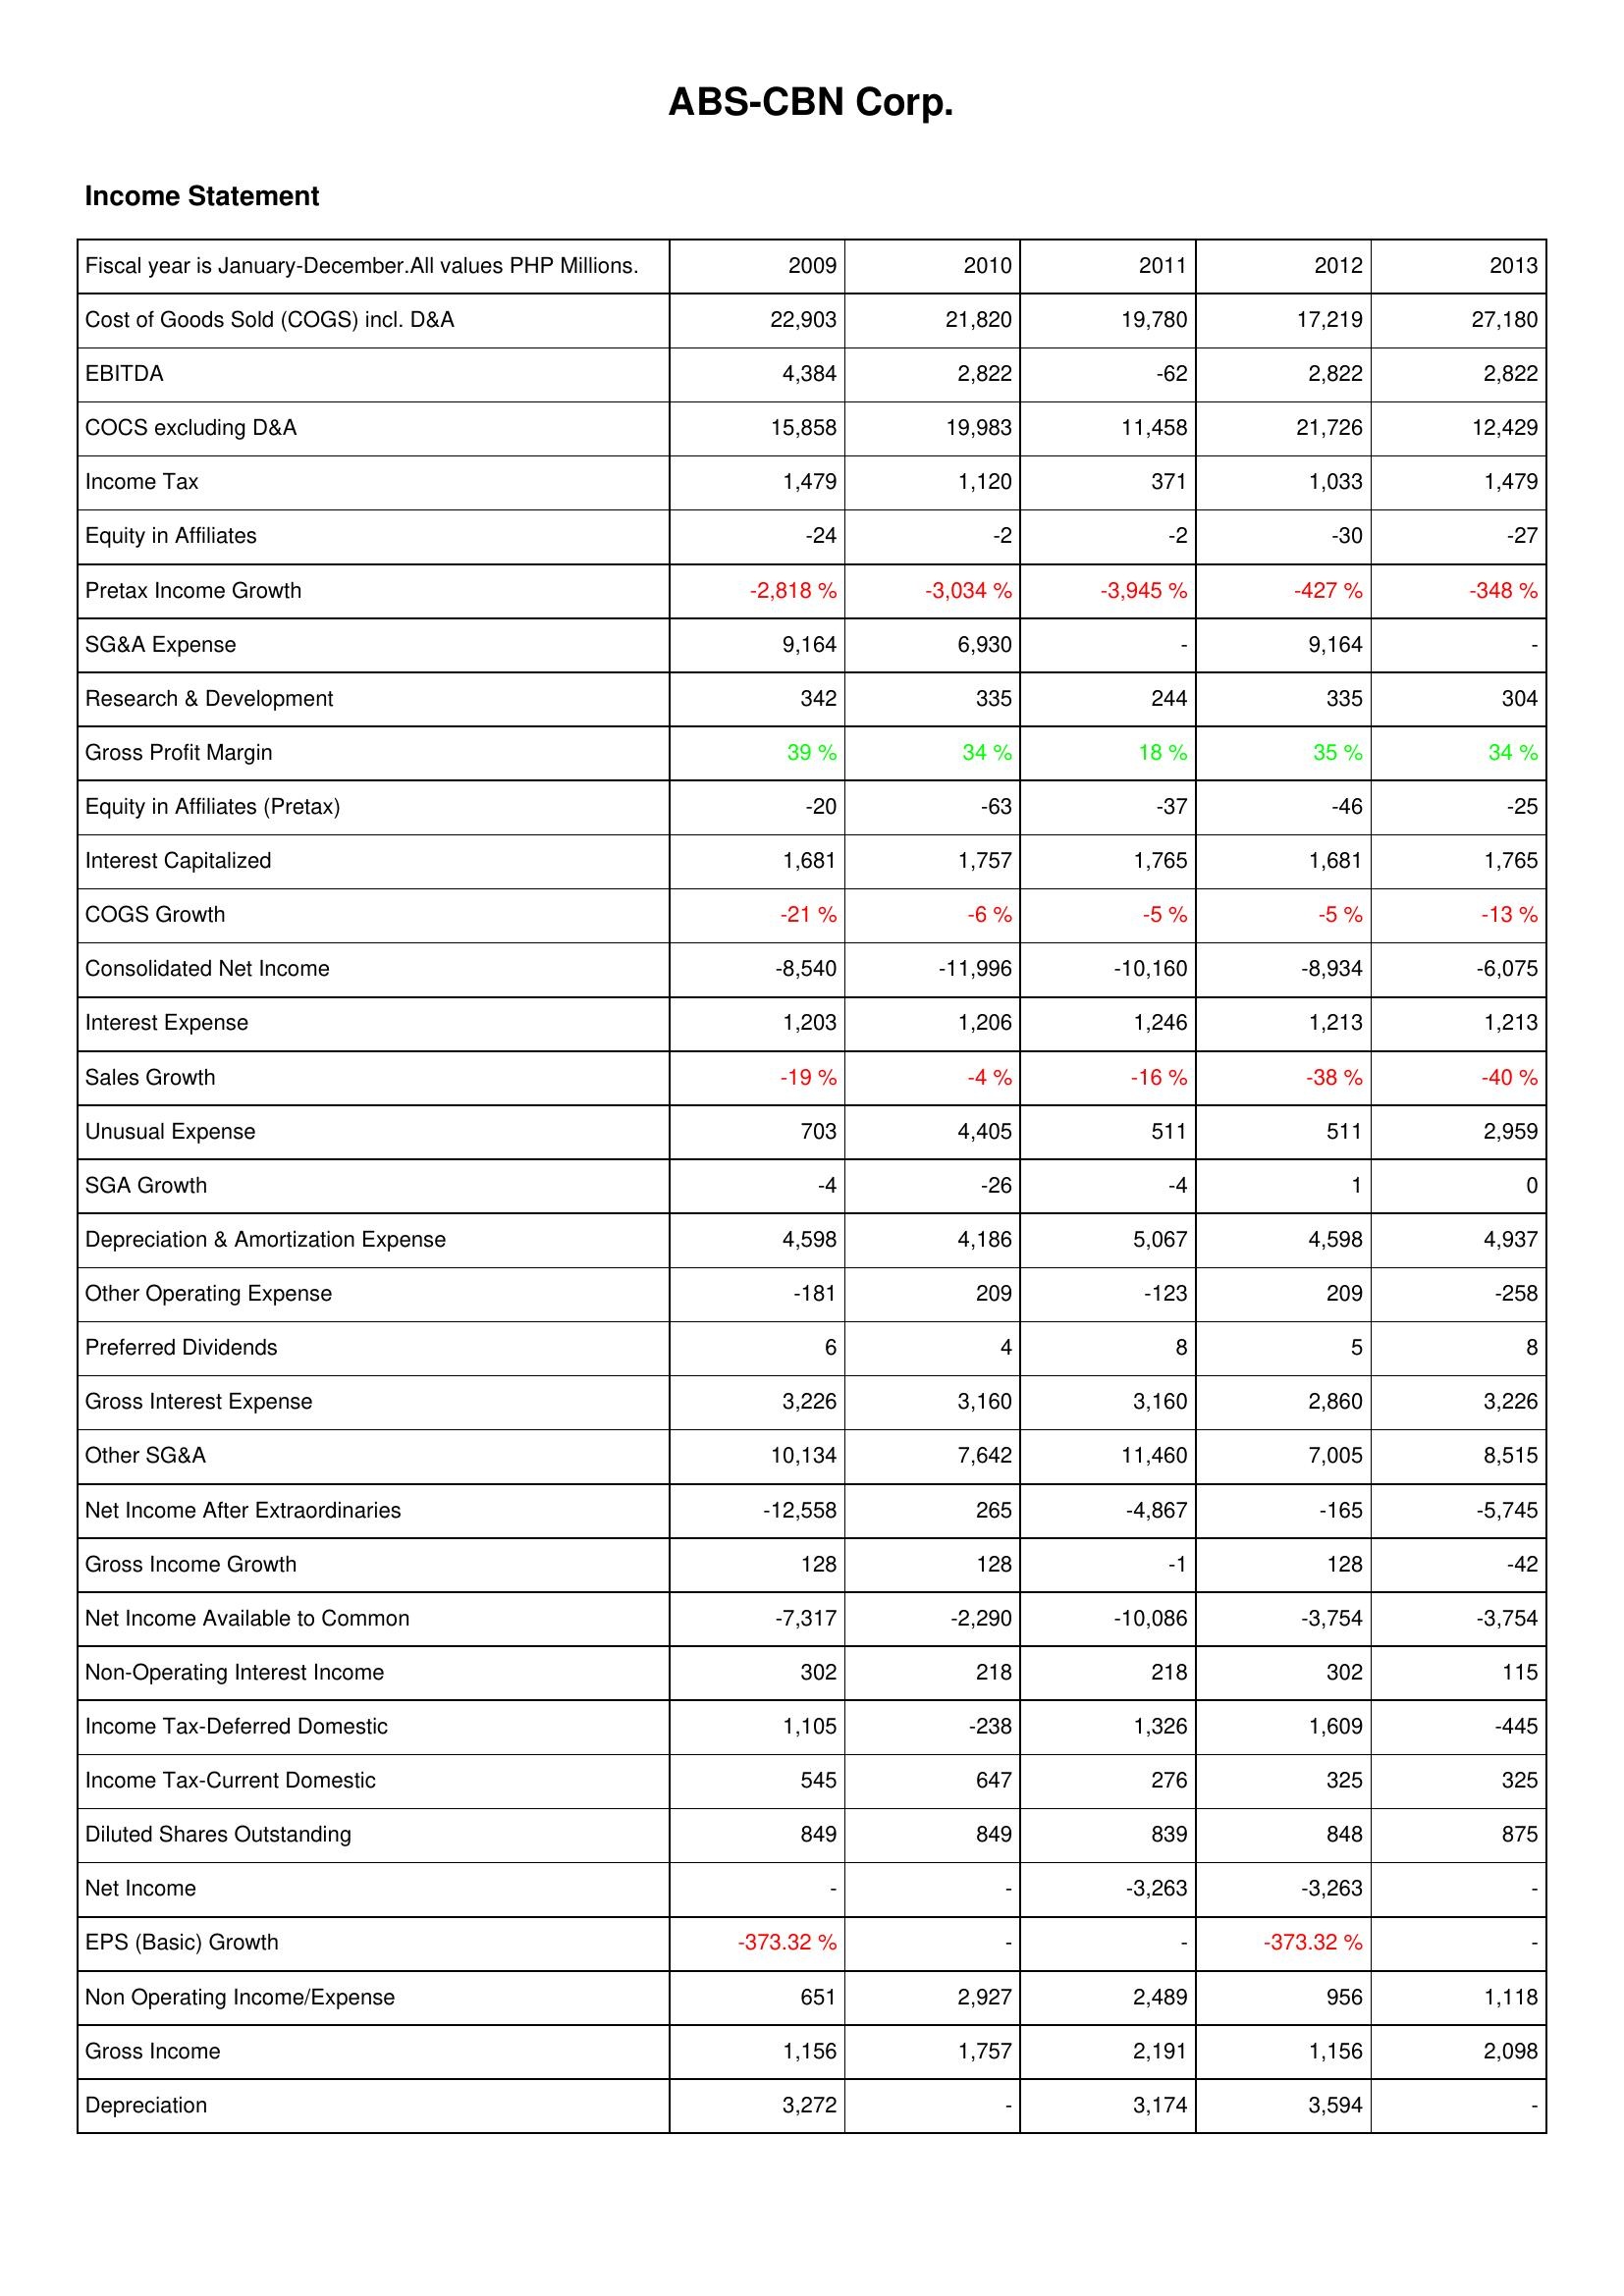
2009: Income Statement: Cost of Goods Sold (COGS) incl. D&A: 22,903
EBITDA: 4,384
COCS excluding D&A: 15,858
Income Tax: 1,479
Equity in Affiliates: -24
Pretax Income Growth: -2,818 %
SG&A Expense: 9,164
Research & Development: 342
Gross Profit Margin: 39 %
Equity in Affiliates (Pretax): -20
Interest Capitalized: 1,681
COGS Growth: -21 %
Consolidated Net Income: -8,540
Interest Expense: 1,203
Sales Growth: -19 %
Unusual Expense: 703
SGA Growth: -4
Depreciation & Amortization Expense: 4,598
Other Operating Expense: -181
Preferred Dividends: 6
Gross Interest Expense: 3,226
Other SG&A: 10,134
Net Income After Extraordinaries: -12,558
Gross Income Growth: 128
Net Income Available to Common: -7,317
Non-Operating Interest Income: 302
Income Tax-Deferred Domestic: 1,105
Income Tax-Current Domestic: 545
Diluted Shares Outstanding: 849
Net Income: -
EPS (Basic) Growth: -373.32 %
Non Operating Income/Expense: 651
Gross Income: 1,156
Depreciation: 3,272
2010: Income Statement: Cost of Goods Sold (COGS) incl. D&A: 21,820
EBITDA: 2,822
COCS excluding D&A: 19,983
Income Tax: 1,120
Equity in Affiliates: -2
Pretax Income Growth: -3,034 %
SG&A Expense: 6,930
Research & Development: 335
Gross Profit Margin: 34 %
Equity in Affiliates (Pretax): -63
Interest Capitalized: 1,757
COGS Growth: -6 %
Consolidated Net Income: -11,996
Interest Expense: 1,206
Sales Growth: -4 %
Unusual Expense: 4,405
SGA Growth: -26
Depreciation & Amortization Expense: 4,186
Other Operating Expense: 209
Preferred Dividends: 4
Gross Interest Expense: 3,160
Other SG&A: 7,642
Net Income After Extraordinaries: 265
Gross Income Growth: 128
Net Income Available to Common: -2,290
Non-Operating Interest Income: 218
Income Tax-Deferred Domestic: -238
Income Tax-Current Domestic: 647
Diluted Shares Outstanding: 849
Net Income: -
EPS (Basic) Growth: -
Non Operating Income/Expense: 2,927
Gross Income: 1,757
Depreciation: -
2011: Income Statement: Cost of Goods Sold (COGS) incl. D&A: 19,780
EBITDA: -62
COCS excluding D&A: 11,458
Income Tax: 371
Equity in Affiliates: -2
Pretax Income Growth: -3,945 %
SG&A Expense: -
Research & Development: 244
Gross Profit Margin: 18 %
Equity in Affiliates (Pretax): -37
Interest Capitalized: 1,765
COGS Growth: -5 %
Consolidated Net Income: -10,160
Interest Expense: 1,246
Sales Growth: -16 %
Unusual Expense: 511
SGA Growth: -4
Depreciation & Amortization Expense: 5,067
Other Operating Expense: -123
Preferred Dividends: 8
Gross Interest Expense: 3,160
Other SG&A: 11,460
Net Income After Extraordinaries: -4,867
Gross Income Growth: -1
Net Income Available to Common: -10,086
Non-Operating Interest Income: 218
Income Tax-Deferred Domestic: 1,326
Income Tax-Current Domestic: 276
Diluted Shares Outstanding: 839
Net Income: -3,263
EPS (Basic) Growth: -
Non Operating Income/Expense: 2,489
Gross Income: 2,191
Depreciation: 3,174
2012: Income Statement: Cost of Goods Sold (COGS) incl. D&A: 17,219
EBITDA: 2,822
COCS excluding D&A: 21,726
Income Tax: 1,033
Equity in Affiliates: -30
Pretax Income Growth: -427 %
SG&A Expense: 9,164
Research & Development: 335
Gross Profit Margin: 35 %
Equity in Affiliates (Pretax): -46
Interest Capitalized: 1,681
COGS Growth: -5 %
Consolidated Net Income: -8,934
Interest Expense: 1,213
Sales Growth: -38 %
Unusual Expense: 511
SGA Growth: 1
Depreciation & Amortization Expense: 4,598
Other Operating Expense: 209
Preferred Dividends: 5
Gross Interest Expense: 2,860
Other SG&A: 7,005
Net Income After Extraordinaries: -165
Gross Income Growth: 128
Net Income Available to Common: -3,754
Non-Operating Interest Income: 302
Income Tax-Deferred Domestic: 1,609
Income Tax-Current Domestic: 325
Diluted Shares Outstanding: 848
Net Income: -3,263
EPS (Basic) Growth: -373.32 %
Non Operating Income/Expense: 956
Gross Income: 1,156
Depreciation: 3,594
2013: Income Statement: Cost of Goods Sold (COGS) incl. D&A: 27,180
EBITDA: 2,822
COCS excluding D&A: 12,429
Income Tax: 1,479
Equity in Affiliates: -27
Pretax Income Growth: -348 %
SG&A Expense: -
Research & Development: 304
Gross Profit Margin: 34 %
Equity in Affiliates (Pretax): -25
Interest Capitalized: 1,765
COGS Growth: -13 %
Consolidated Net Income: -6,075
Interest Expense: 1,213
Sales Growth: -40 %
Unusual Expense: 2,959
SGA Growth: 0
Depreciation & Amortization Expense: 4,937
Other Operating Expense: -258
Preferred Dividends: 8
Gross Interest Expense: 3,226
Other SG&A: 8,515
Net Income After Extraordinaries: -5,745
Gross Income Growth: -42
Net Income Available to Common: -3,754
Non-Operating Interest Income: 115
Income Tax-Deferred Domestic: -445
Income Tax-Current Domestic: 325
Diluted Shares Outstanding: 875
Net Income: -
EPS (Basic) Growth: -
Non Operating Income/Expense: 1,118
Gross Income: 2,098
Depreciation: -